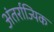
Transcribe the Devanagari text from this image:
अंतर्राज्यिक